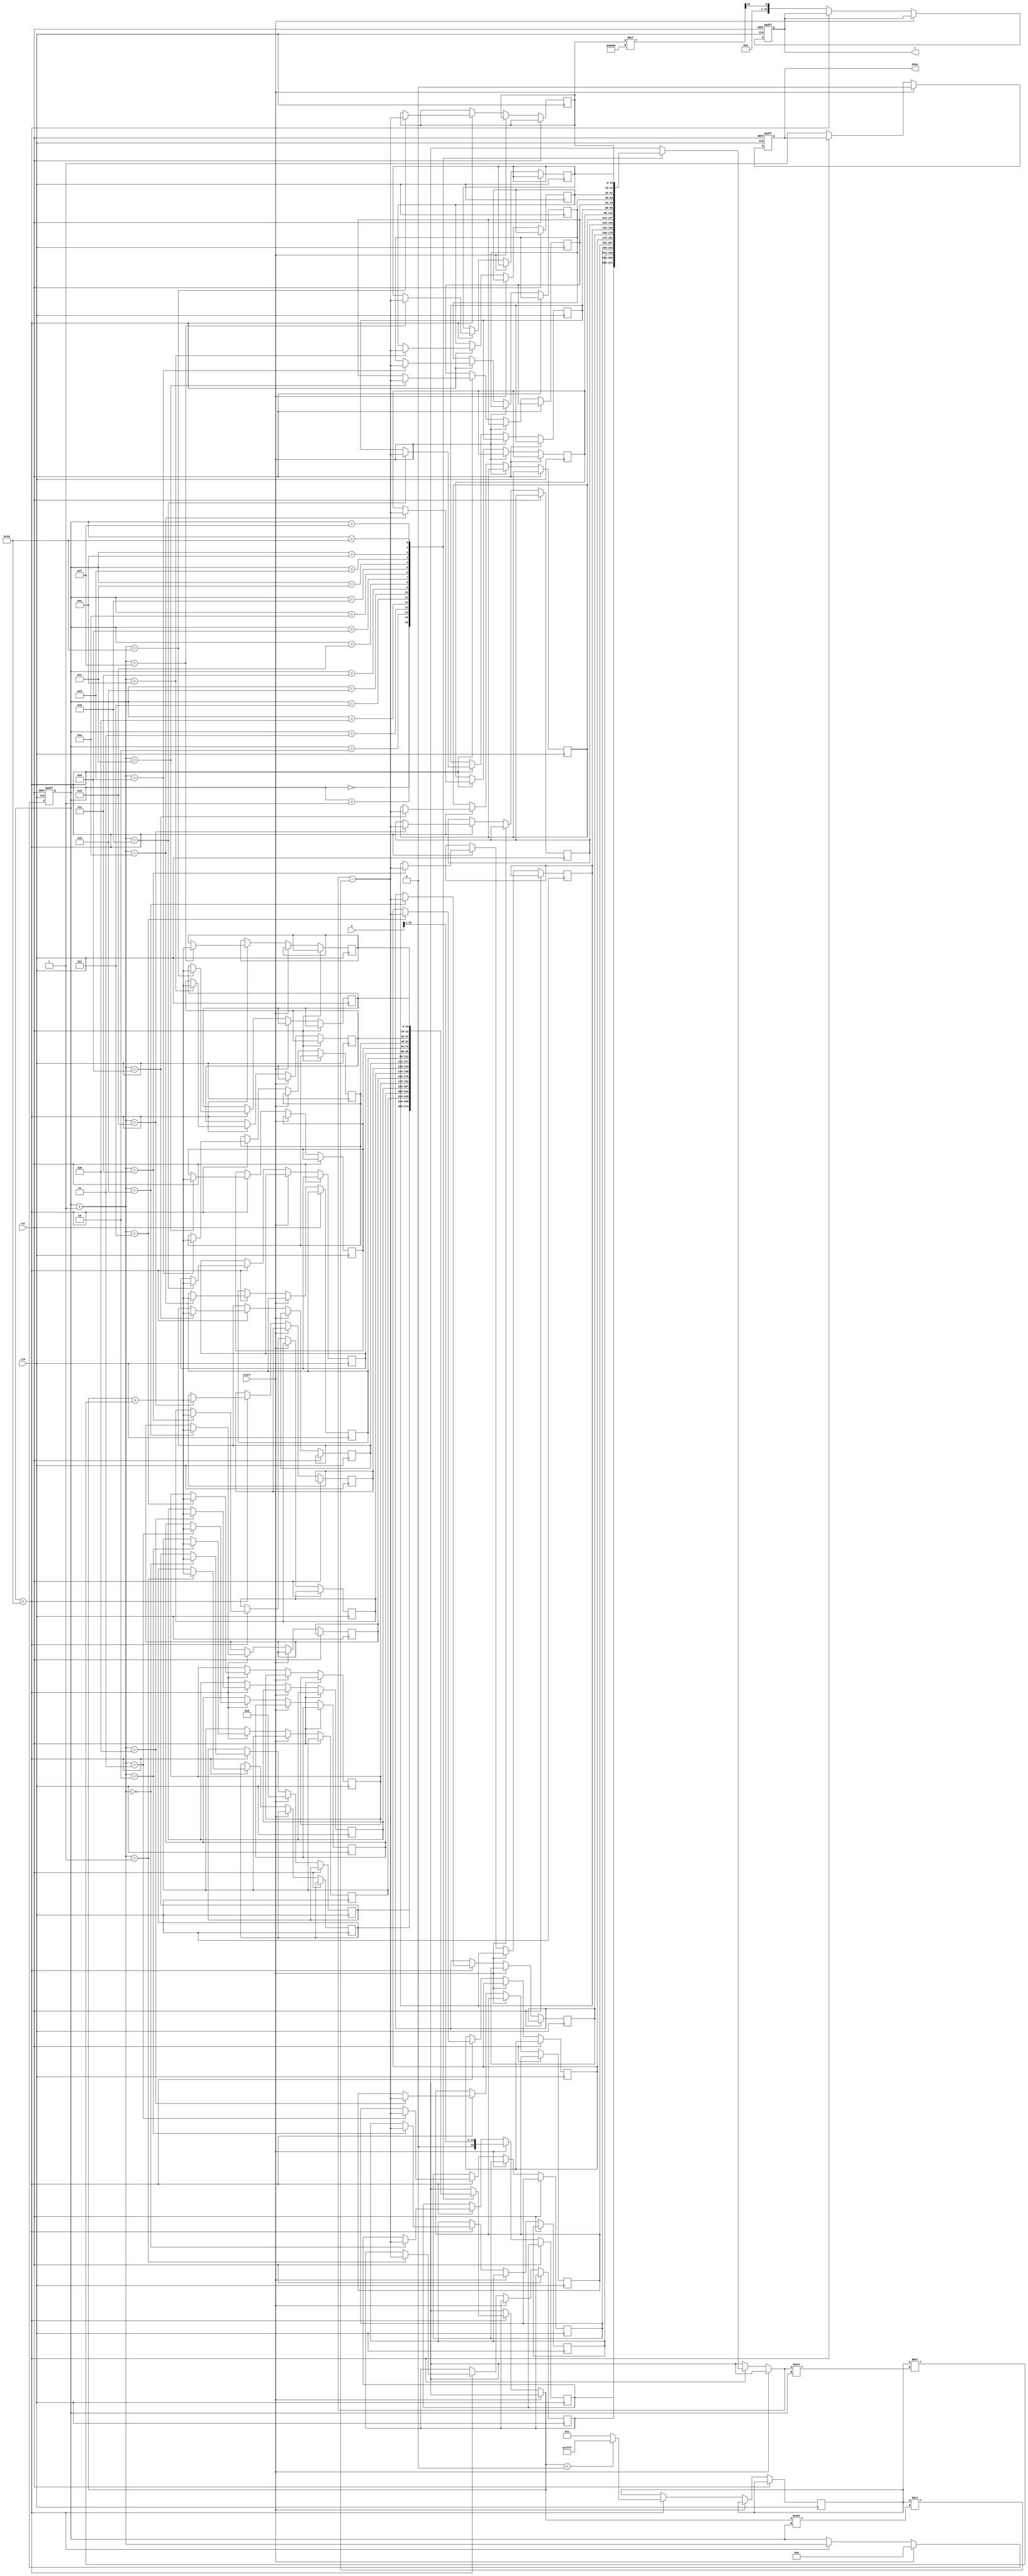
module cordic_sqrt #(
    parameter WIDTH = 16,           // Width of the input and output
    parameter ITERATIONS = 16       // Number of CORDIC iterations
)(
    input wire clk,
    input wire rst,
    input wire start,
    input wire [WIDTH-1:0] X,      // Input: Fixed-point number for which to calculate the square root
    output reg [WIDTH-1:0] Y,       // Output: Fixed-point square root of X
    output reg done                 // Output: Indicates completion of calculation
);

    // Internal registers
    reg [WIDTH-1:0] x[0:ITERATIONS]; // x values for CORDIC iterations
    reg [WIDTH-1:0] y[0:ITERATIONS]; // y values for CORDIC iterations
    reg [4:0] iteration;             // Iteration counter
    reg [WIDTH-1:0] angle;           // Angle for rotation
    reg [WIDTH-1:0] d;               // Direction of rotation

    // CORDIC gain for square root
    localparam K = 16'hB504; // Approximation of 1/sqrt(2) for scaling

    // Initialize the CORDIC algorithm
    always @(posedge clk or posedge rst) begin
        if (rst) begin
            Y <= 0;
            done <= 0;
            iteration <= 0;
        end else if (start) begin
            // Initialization
            x[0] <= X >> 1; // Initial guess Y0 = X / 2
            y[0] <= 0;
            iteration <= 0;
            done <= 0;
        end else if (iteration < ITERATIONS) begin
            // CORDIC iteration
            angle <= (iteration < 16) ? (WIDTH'h1 << (WIDTH - 1 - iteration)) : 0; // Angle based on iteration
            d <= (y[iteration] < 0) ? -1 : 1; // Determine direction of rotation

            // Perform rotation
            x[iteration + 1] <= x[iteration] - (d * (y[iteration] >>> iteration));
            y[iteration + 1] <= y[iteration] + (d * (x[iteration] >>> iteration));

            // Increment iteration counter
            iteration <= iteration + 1;
        end else begin
            // Final output after iterations
            Y <= (x[ITERATIONS] * K) >>> (WIDTH - 1); // Scale the result
            done <= 1;
        end
    end

endmodule